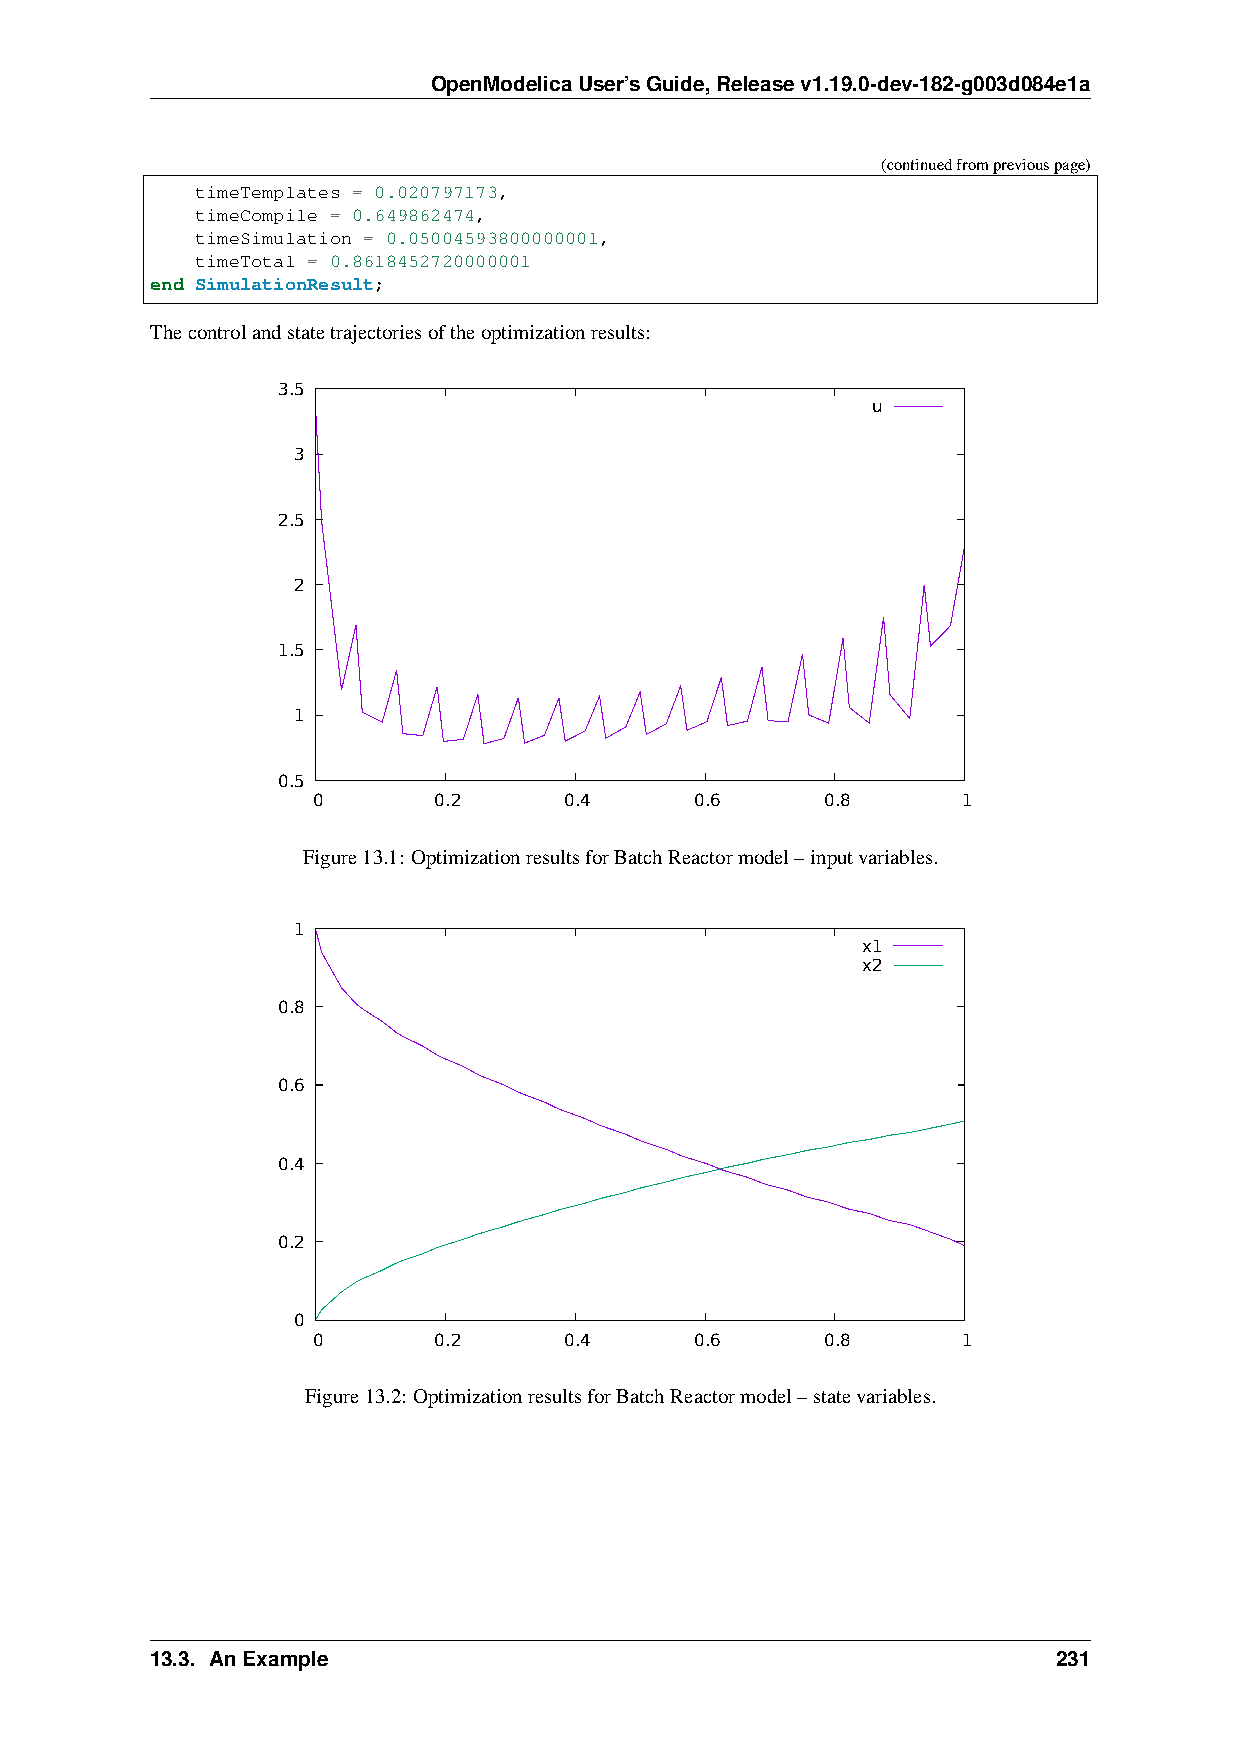
OpenModelicaUser’sGuide,Releasev1.19.0-dev-182-g003d084e1a
 (continuedfrompreviouspage)
 timeTemplates = 0.020797173,
 timeCompile = 0.649862474,
 timeSimulation = 0.05004593800000001,
 timeTotal = 0.8618452720000001
 end SimulationResult;
 Thecontrolandstatetrajectoriesoftheoptimizationresults:
 3.5
 u
 3
 2.5
 2
 1.5
 1
 0.5
 0       0.2     0.4      0.6      0.8      1
 Figure13.1: OptimizationresultsforBatchReactormodel–inputvariables.
 1
 x1
 x2
 0.8
 0.6
 0.4
 0.2
 0
 0       0.2     0.4      0.6      0.8      1
 Figure13.2: OptimizationresultsforBatchReactormodel–statevariables.
 13.3. AnExample                                             231